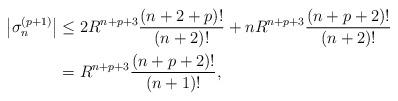
LaTeX: \begin{align*}\left| \sigma_n^{(p+1)}\right| & \le 2R^{n+p+3} \frac{(n+2+p)!}{(n+2)!} + nR^{n+p+3} \frac{(n+p+2)!}{(n+2)!}\\& = R^{n+p+3}\frac{(n+p+2)!}{(n+1)!} ,\end{align*}